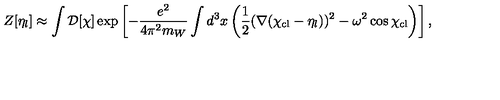
Z [ \eta _ { l } ] \approx \int { \cal D } [ \chi ] \exp \left[ - { \frac { e ^ { 2 } } { 4 \pi ^ { 2 } m _ { W } } } \int d ^ { 3 } x \left( { \frac { 1 } { 2 } } ( \nabla ( \chi _ { \mathrm { c l } } - \eta _ { l } ) ) ^ { 2 } - \omega ^ { 2 } \cos \chi _ { \mathrm { c l } } \right) \right] ,